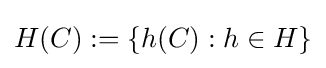
H(C):=\{h(C):h\in H\}